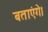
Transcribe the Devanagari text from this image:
बताएंगे।